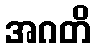
အဂတိ